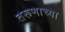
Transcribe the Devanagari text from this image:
तरूणाच्या